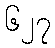
၆၂၇